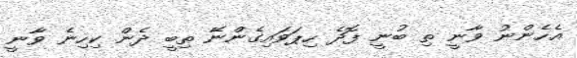
އެހެންނު ވާނީ ތި ބުނީ ފޮދެ ހިޕަވައިގެންނޭ ތިބީ ދެން ކިހިނެ ވާނީ